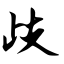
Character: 歧